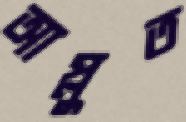
আপ্লুত